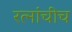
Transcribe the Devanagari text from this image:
रत्नांचीच